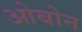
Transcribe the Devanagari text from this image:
ओबोन